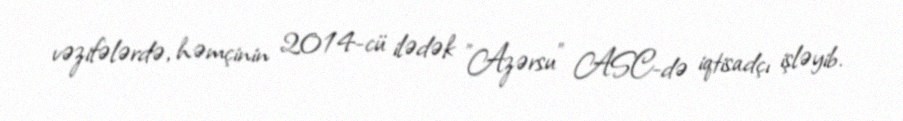
vəzifələrdə, həmçinin 2014-cü ilədək "Azərsu" ASC-də iqtisadçı işləyib.